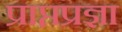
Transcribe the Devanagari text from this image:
प्राप्तप्रज्ञा